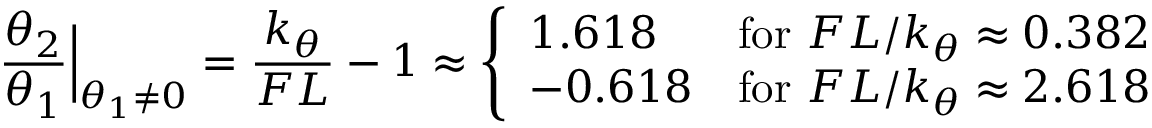
{ \frac { \theta _ { 2 } } { \theta _ { 1 } } } { \Big | } _ { \theta _ { 1 } \neq 0 } = { \frac { k _ { \theta } } { F L } } - 1 \approx \left\{ { \begin{array} { l l } { 1 . 6 1 8 } & { { \mathrm { f o r ~ } } F L / k _ { \theta } \approx 0 . 3 8 2 } \\ { - 0 . 6 1 8 } & { { \mathrm { f o r ~ } } F L / k _ { \theta } \approx 2 . 6 1 8 } \end{array} } \right.